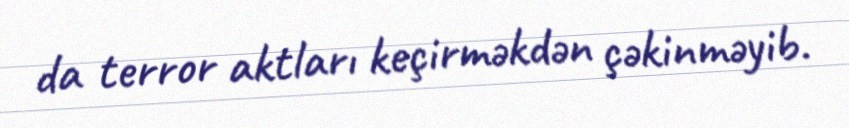
da terror aktları keçirməkdən çəkinməyib.